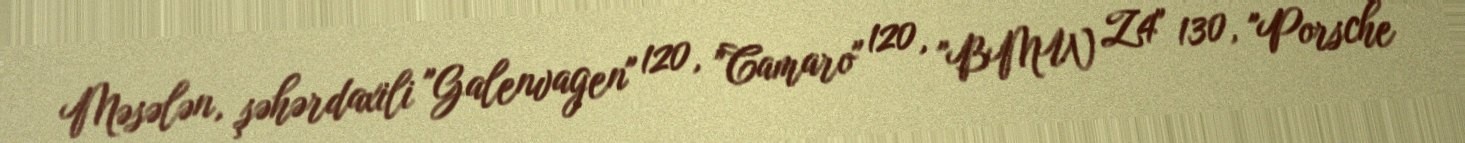
Məsələn, şəhərdaxili "Galenvagen" 120, "Camaro" 120, "BMW Z4" 130, "Porsche